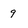
Character: 9